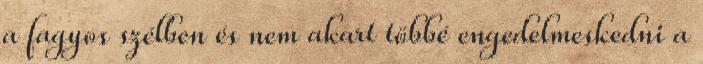
a fagyos szélben és nem akart többé engedelmeskedni a